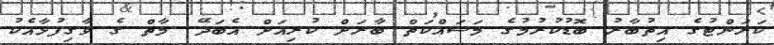
ކަރަންޓުގެ އިތުބާރު ބޮޑުކުރުމުގެ މަސައްކަތް ބާރަށް ކުރިއަށް އެބަދޭ. މާތް ގެ ވާގިފުޅާއެކު